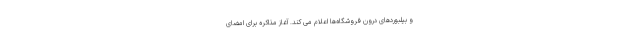
و بیلبوردهای درون فروشگاه‌ها اعلام می کند. آغاز مذاکره برای امضای